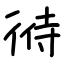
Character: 㣥